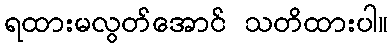
ရထားမလွတ်အောင် သတိထားပါ။